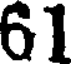
61